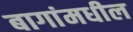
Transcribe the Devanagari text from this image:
बागांमधील